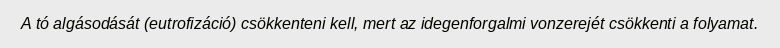
A tó algásodását (eutrofizáció) csökkenteni kell, mert az idegenforgalmi vonzerejét csökkenti a folyamat.